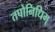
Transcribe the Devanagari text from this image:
तपोनिधिम्